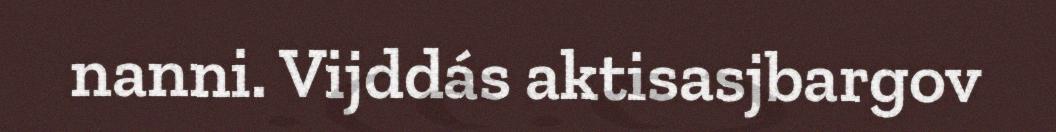
nanni. Vijddás aktisasjbargov